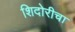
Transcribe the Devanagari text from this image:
शिदोरीचा